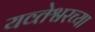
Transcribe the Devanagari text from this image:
यव्तेश्वरच्या